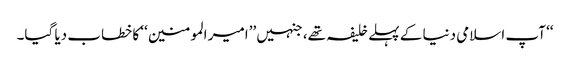
‘‘ آپ اسلامی دنیا کے پہلے خلیفہ تھے، جنہیں ’’امیر المومنین‘‘ کا خطاب دیا گیا۔